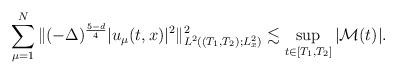
LaTeX: \begin{align*} \sum^N_{\mu=1}\|(-\Delta)^{\frac{5-d}{4}}|u_\mu(t, x)|^2\|^2_{L^2((T_1, T_2);L_x^2)}\lesssim \sup_{t\in[T_1, T_2]} |\mathcal{ M}(t)|. \end{align*}